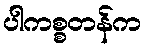
ပါကစ္စတန်က